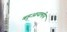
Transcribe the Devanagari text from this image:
बहुआयामीय